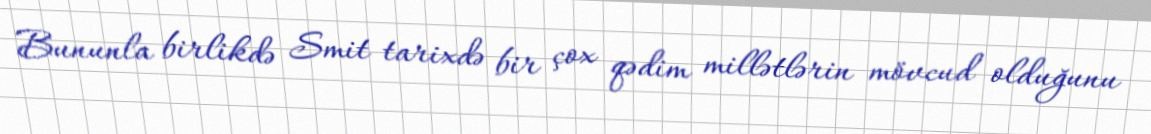
Bununla birlikdə Smit tarixdə bir çox qədim millətlərin mövcud olduğunu